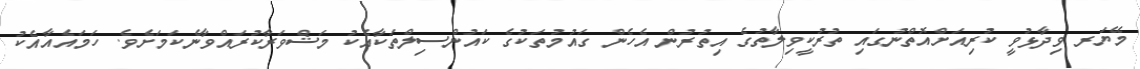
މޭޔަރ ވިދާޅުވީ ކުރިއަށްއޮތްނުގައި ތުރުކީވިލާތުގެ އިތުރުން އެހެން ގައުމުތަކުގެ ކައުންސިލްތަކާއެކު މަޝްވަރާކުރައްވާނެކަމަށެވެ. ހަމައެއާއެކު